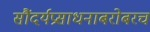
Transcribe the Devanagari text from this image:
सौंदर्यप्रसाधनाबरोबरच